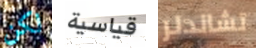
لكن قياسية تشاندلر